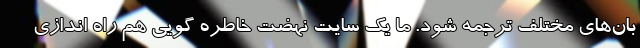
بان‌های مختلف ترجمه شود. ما یک سایت نهضت خاطره گویی هم راه اندازی